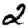
Digit: 2